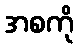
အစကို